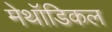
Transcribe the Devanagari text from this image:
मेथॉडिकल